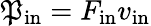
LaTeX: \mathfrak{P}_{\mathrm{{in}}}=F_{\mathrm{{in}}}v_{\mathrm{{in}}}